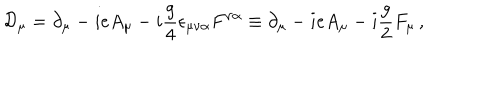
{ \cal D } _ { \mu } = \partial _ { \mu } - { i e A _ { \mu } } - i { \frac { g } { 4 } } \epsilon _ { \mu \nu \alpha } F ^ { \nu \alpha } \equiv \partial _ { \mu } - { i e A _ { \mu } } - i { \frac { g } { 2 } } F _ { \mu } \, ,